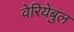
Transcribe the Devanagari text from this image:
वेरियेबुल